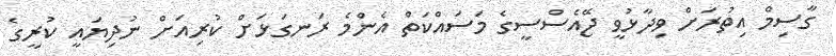
ގާސިމް އިތުރަށް ވިދާޅުވީ ޖޭއެސްސީގެ މަސައްކަތް އެންމެ ރަނގަޅަށް ކުރިއަށް ނުދިޔައީ ކުރީގެ